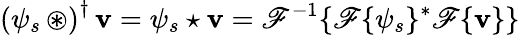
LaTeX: \left(\psi_{s}\, \circledast\right)^{\dagger}\, \mathbf{v}=\psi_{s}\star\mathbf{v}=\mathscr{{F}}^{-1}\{ \mathscr{{F}}\{ \psi_{s}\} ^{*}\mathscr{{F}}\{ \mathbf{v}\} \}